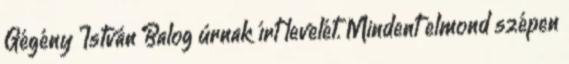
Gégény István Balog úrnak írt levelét. Mindent elmond szépen